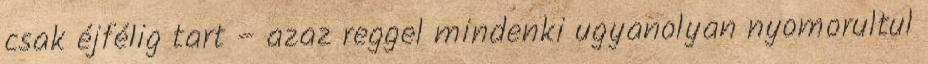
csak éjfélig tart – azaz reggel mindenki ugyanolyan nyomorultul